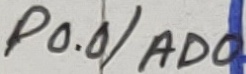
Text: P0.0/AD0